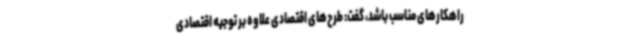
راهکارهای مناسب باشد، گفت: طرح‌های اقتصادی علاوه بر توجیه اقتصادی